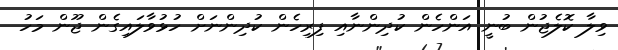
ވިލާ ކޮލެޖުން ބުނީ އަންހެން ކުދިންނާއި ފިރިހެން ކުދިންނަށް ހުޅުވާލައިގެން ޖޫން މަހު